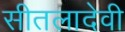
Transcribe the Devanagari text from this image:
सीतलादेवी